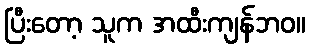
ပြီးတော့ သူက အထီးကျန်ဘဝ။